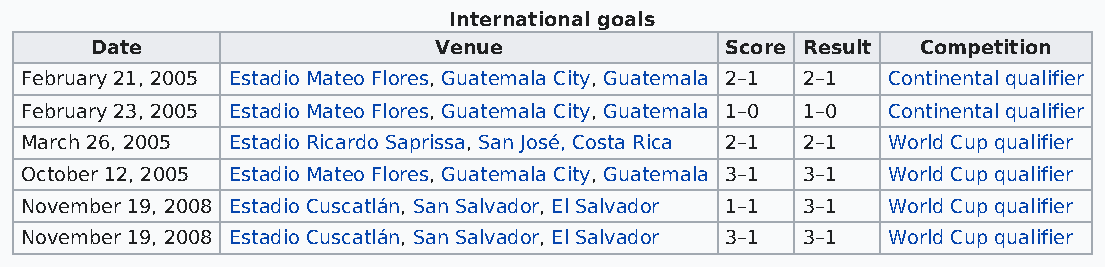
International goals
 Date                   Venue              Score Result Competition
 February 21, 2005 Estadio Mateo Flores, Guatemala City, Guatemala 2–1 2–1 Continental qualifier
 February 23, 2005 Estadio Mateo Flores, Guatemala City, Guatemala 1–0 1–0 Continental qualifier
 March 26, 2005 Estadio Ricardo Saprissa, San José, Costa Rica 2–1 2–1 World Cup qualifier
 October 12, 2005 Estadio Mateo Flores, Guatemala City, Guatemala 3–1 3–1 World Cup qualifier
 November 19, 2008 Estadio Cuscatlán, San Salvador, El Salvador 1–1 3–1 World Cup qualifier
 November 19, 2008 Estadio Cuscatlán, San Salvador, El Salvador 3–1 3–1 World Cup qualifier